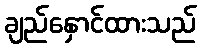
ချည်နှောင်ထားသည်